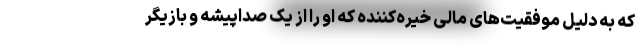
که به دلیل موفقیت‌های مالی خیره‌کننده که او را از یک صدا‌پیشه و بازیگر